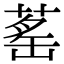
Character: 䔄